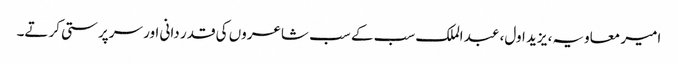
امیر معاویہ، یزید اول، عبد الملک سب کے سب شاعروں کی قدر دانی اور سرپرستی کرتے۔